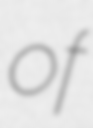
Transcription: of